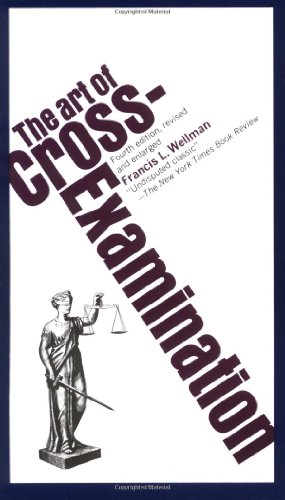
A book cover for The Art of Cross-Examination; Francis L. Wellman; Law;